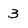
Character: 3